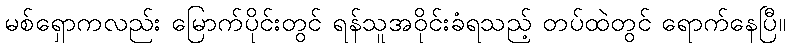
မစ်ရှောကလည်း မြောက်ပိုင်းတွင် ရန်သူအဝိုင်းခံရသည့် တပ်ထဲတွင် ရောက်နေပြီ။